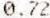
0.72